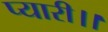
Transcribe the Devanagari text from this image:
प्यारी।।